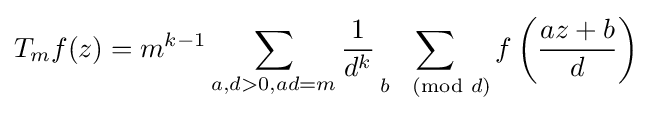
T_{m}f(z)=m^{k-1}\sum _{a,d>0,ad=m}{\frac {1}{d^{k}}}\sum _{b{\pmod {d}}}f\left({\frac {az+b}{d}}\right)